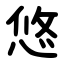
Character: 悠